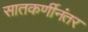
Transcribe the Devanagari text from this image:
सातकर्णीनंतर